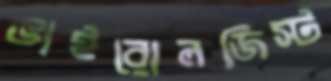
ভাইরোলজিস্ট